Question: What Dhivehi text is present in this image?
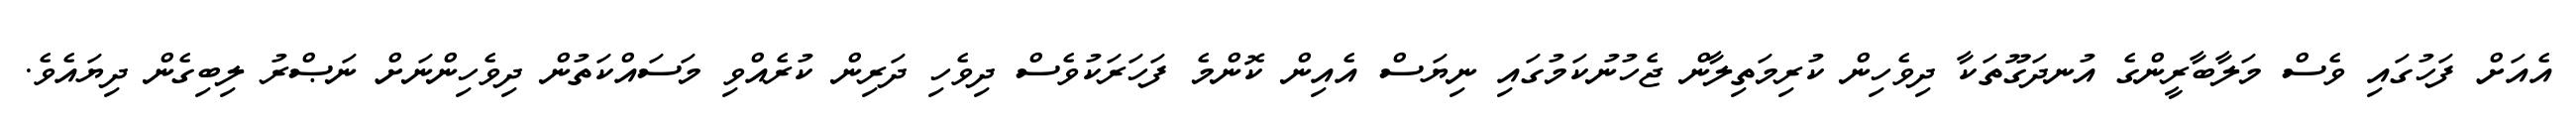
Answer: އެއަށް ފަހުގައި ވެސް މަލާބާރީންގެ އުނދަގޫތަކާ ދިވެހިން ކުރިމަތިލާން ޖެހުނުކަމުގައި ނިޔަސް އެއިން ކޮންމެ ފަހަރަކުވެސް ދިވެހި ދަރިން ކުރެއްވި މަސައްކަތުން ދިވެހިންނަށް ނަޞްރު ލިބިގެން ދިޔައެވެ.